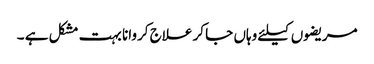
مریضوں کیلئے وہاں جا کر علاج کروانا بہت مشکل ہے ۔